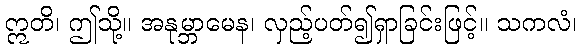
ဣတိ၊ ဤသို့။ အနုမ္ဘာမေန၊ လှည့်ပတ်၍ရှာခြင်းဖြင့်။ သကလံ၊